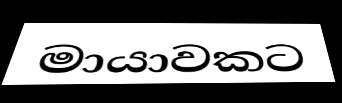
මායාවකට